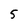
Character: 5